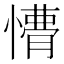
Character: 𭞩